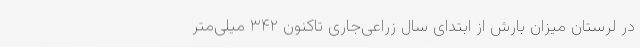
در لرستان میزان بارش از ابتدای سال زراعی‌جاری تاکنون ۳۴۲ میلی‌متر